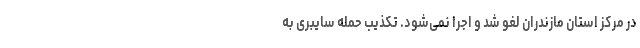
در مرکز استان مازندران لغو شد و اجرا نمی‌شود. تکذیب حمله سایبری به